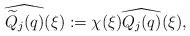
LaTeX: \begin{align*}\widehat{\widetilde{Q}_{j}(q)}(\xi ) := \chi (\xi )\widehat{{Q}_{j}(q)}(\xi ),\end{align*}